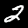
Digit: 2